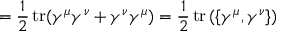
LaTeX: = { \frac { 1 } { 2 } } \operatorname { t r } ( \gamma ^ { \mu } \gamma ^ { \nu } + \gamma ^ { \nu } \gamma ^ { \mu } ) = { \frac { 1 } { 2 } } \operatorname { t r } \left( \left\{ \gamma ^ { \mu } , \gamma ^ { \nu } \right\} \right)